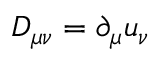
D _ { \mu \nu } = \partial _ { \mu } u _ { \nu }